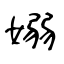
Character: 嫋